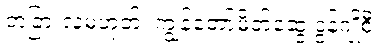
တခြားလူမဟုတ်၊ ကျွန်တော့်မိတ်ဆွေ ဒွန်ဂျိုစီ။